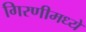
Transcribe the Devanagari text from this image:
गिरणीमध्ये